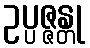
ဥပ္ပဇ္ဇန္တု